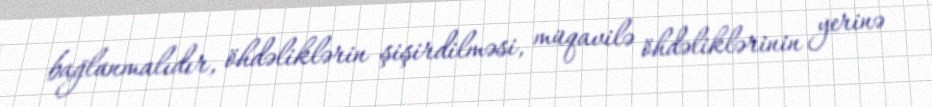
bağlanmalıdır, öhdəliklərin şişirdilməsi, müqavilə öhdəliklərinin yerinə